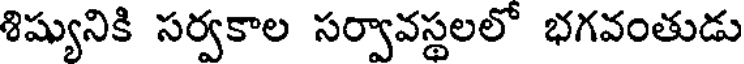
శిష్యునికి సర్వకాల సర్వావస్థలలో భగవంతుడు